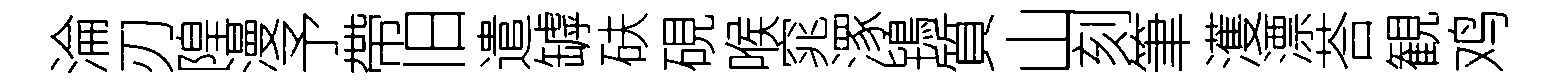
淪刃隍漫予帶旧遣罅砆硯喉窕潈鴇質山刻筆濩漂荅観鸡